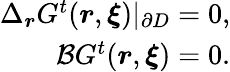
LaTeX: \begin{array}{r}{\Delta_{\boldsymbol{r}}G^{t}(\boldsymbol{r},\boldsymbol{\xi})|_{\partial D}=0,}\\ {\mathcal{B}G^{t}(\boldsymbol{r},\boldsymbol{\xi})=0.}\end{array}